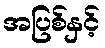
အပြစ်နှင့်